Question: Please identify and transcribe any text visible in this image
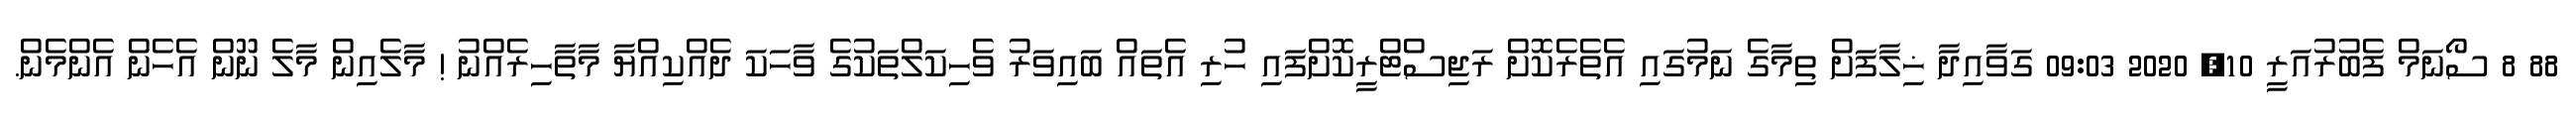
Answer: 88 8 ސޯނަމް ފެބުރުއަރީ 10, 2020 09:03 ގަވާއިދާ ޚިލާފަށް ތިމާގެ ނަމުގައި އެތެރެކޮށް ރަޖިސްޓްރީކޮށްފައި ހުރި އެތައް ބައިވަރު ވެހިކަލްތަކުގެ ވާހަކަ ދެއްކިއްޔާ މާތާހިރެއްނު ! މާލެއިން މާލެ ނޫން އެހެން އެންމެން.